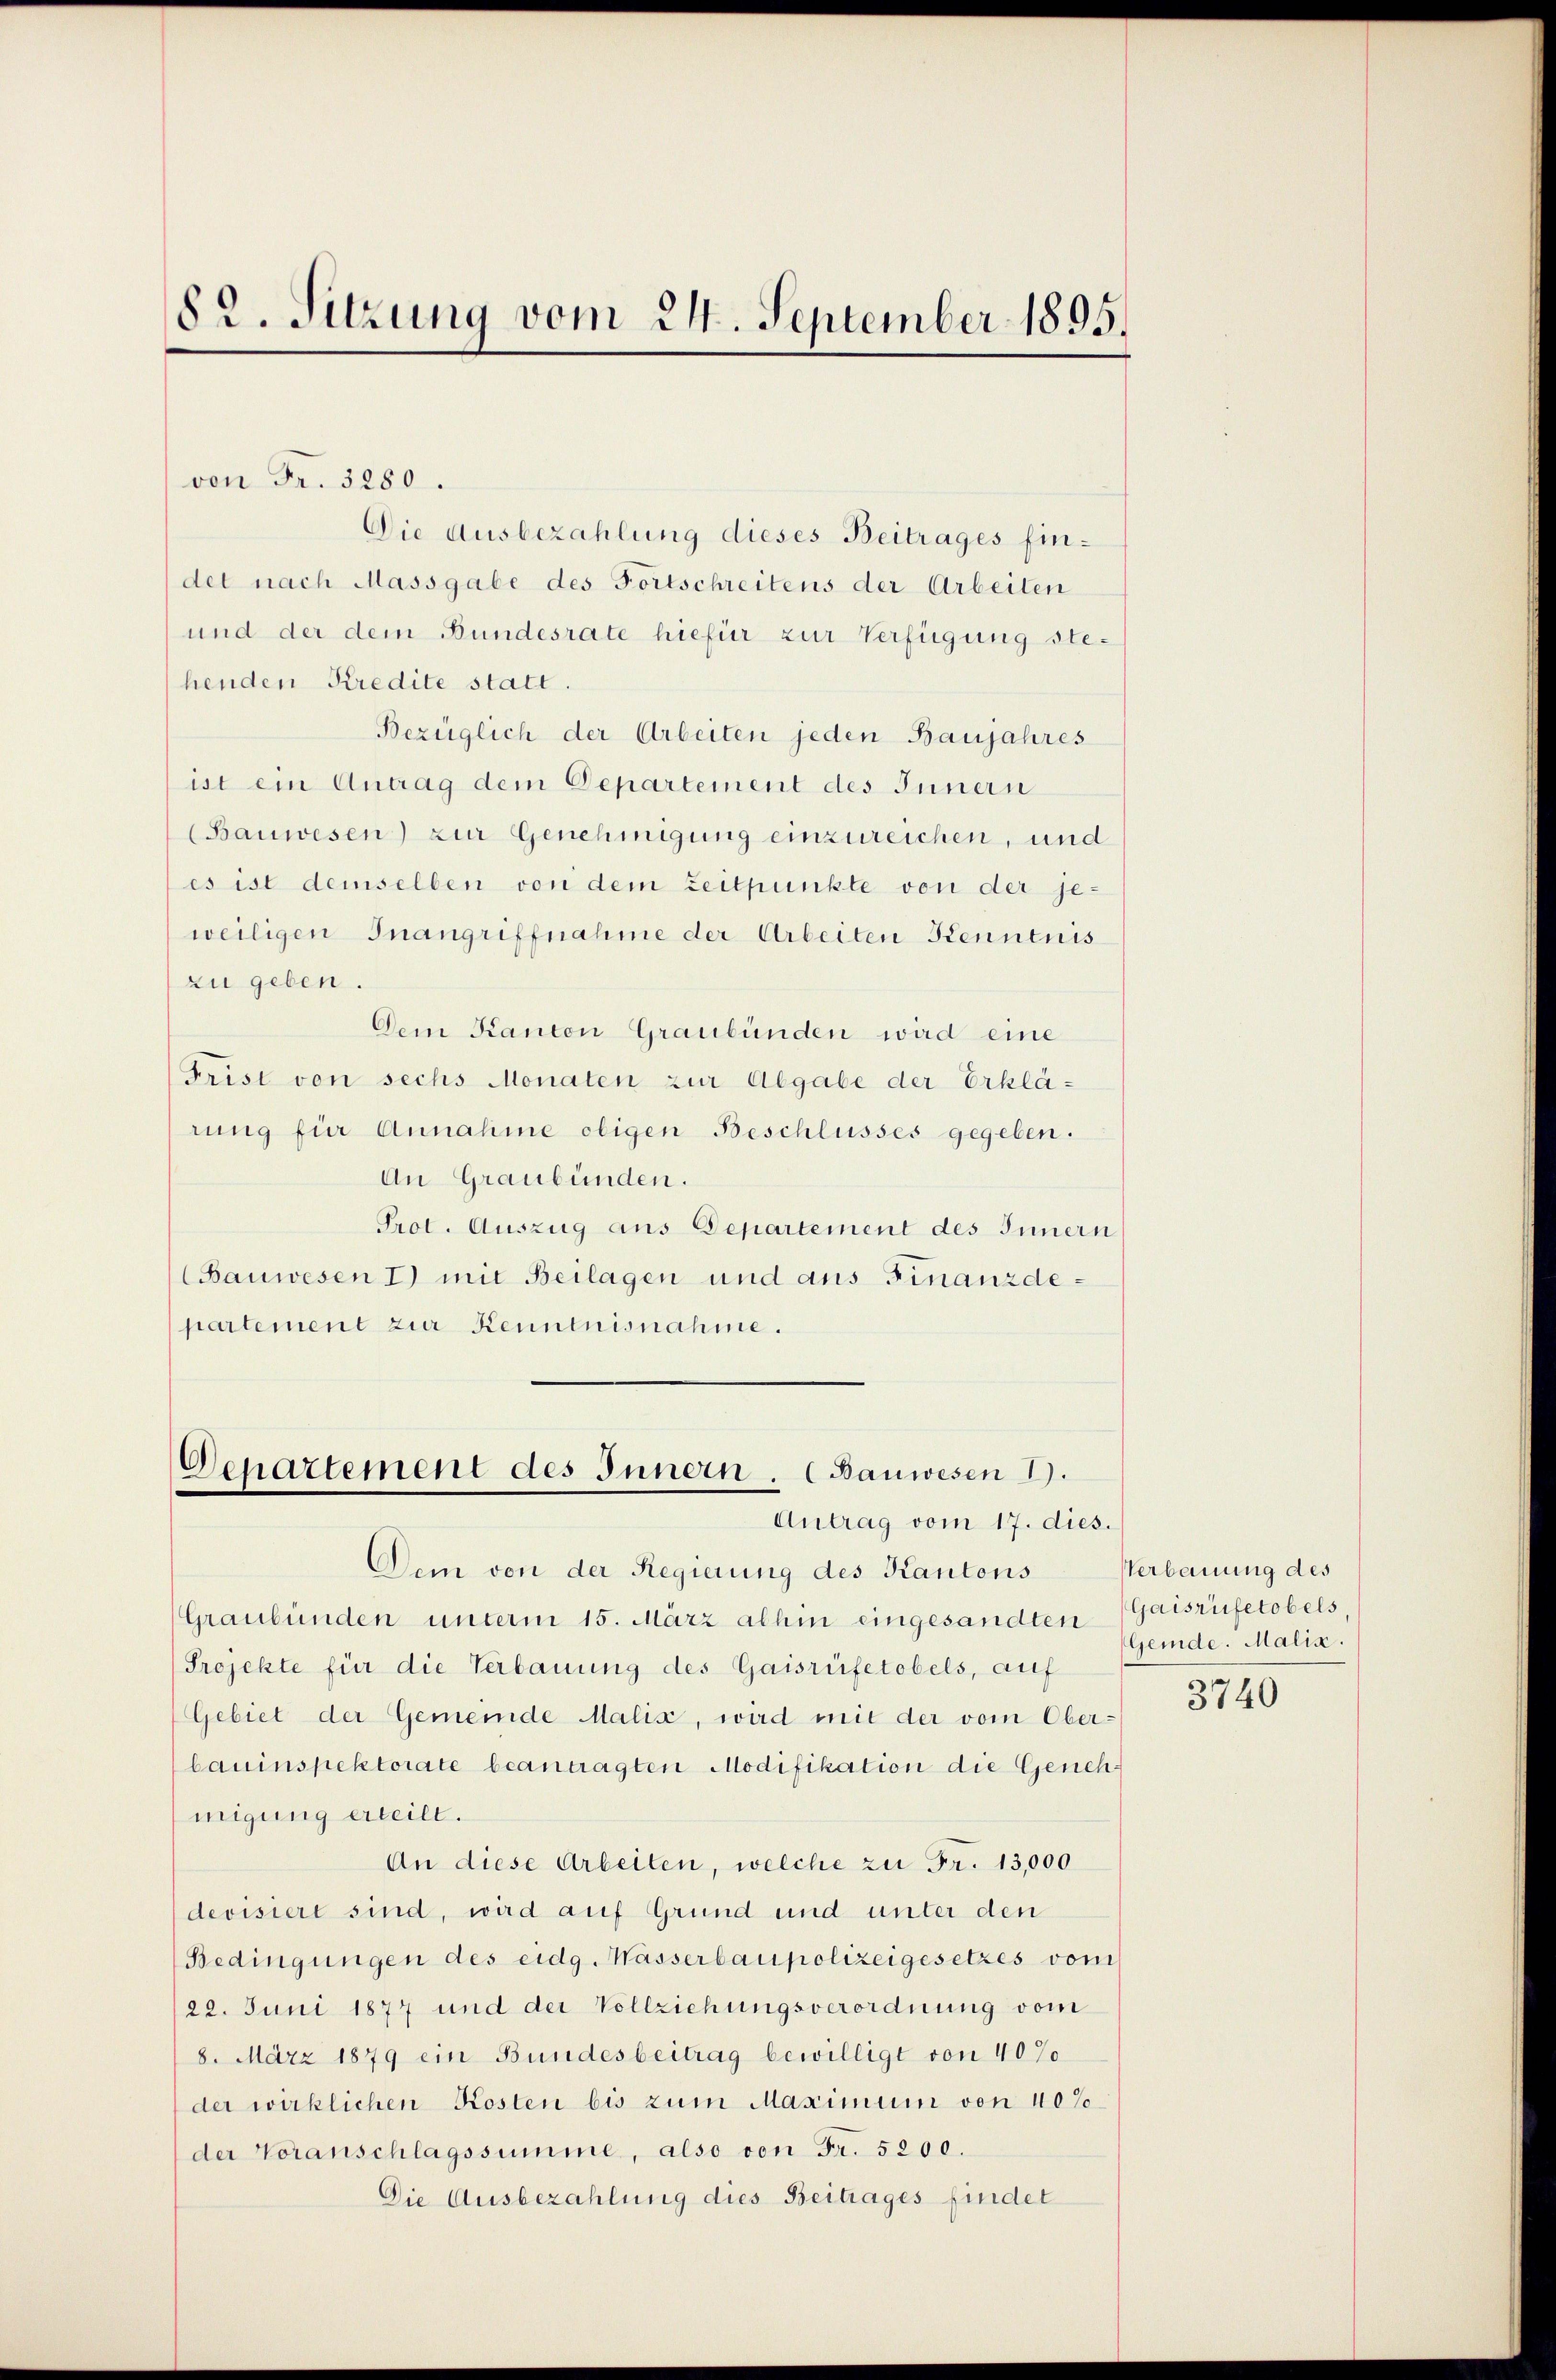
82. Sitzung vom 24. September 1895.

von Fr. 3280.
Die Ausbezahlung dieses Beitrages findet nach Massgabe des Fortschreitens der Arbeiten
und der dem Bundesrate hiefür zur Verfügung stehenden Kredite statt.
Bezüglich der Arbeiten jeden Baujahres
ist ein Antrag dem Departement des Innern
(Bauwesen) zur Genehmigung einzureichen, und
es ist demselben von dem Zeitpunkte von der jeweiligen Inangriffnahme der Arbeiten Kennenis
zu geben.
Dem Kanton Graubünden wird eine
Frist von sechs Monaten zur Abgabe der Erklärung für Annahme obigen Beschlusses gegeben.
An Graubünden.
Prot. Auszug aus Departement des Innern
(Bauwesen I) mit Beilagen und aus Finanzdepartement zur Kenntnisnahme.

Denartement des Innern. (Bauwesen 1.
Antrag vom 17. dies.

Dem von der Regierung des Kantons Verbauung des
Graubünden unterm 15. März abhin eingesandten Gaisrüfetobels,
Projekte für die Verbauung des Gaisrüfetobels, auf
Gebiet der Gemeinde Malis, wird mit der vom Ober-
bauinspektorate beantragten Modifikation die Genehmigung erteilt.
An diese Arbeiten, welche zu Fr. 13,000
devisiert sind, wird auf Grund und unter den
Bedingungen des eidg. Masserbaupolizeigesetzes vom
122. Juni 1877 und der Vollziehungsverordnung vom
8. März 1879 ein Bundesbeitrag bewilligt von 40%
der wirklichen Kosten bis zum Maximum von 40%
der Voranschlagssumme, also von Fr. 5200.
Die Ausbezahlung dies Beitrages findet

Gemde. Malia.

3740